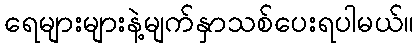
ရေများများနဲ့မျက်နှာသစ်ပေးရပါမယ်။